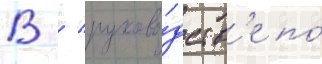
В / руково́дств'е по́